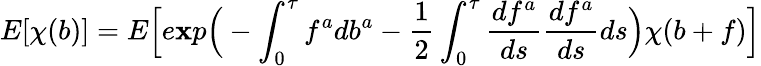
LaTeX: E[\chi(b)]=E\Big[e\mathbf{x}p\Big(-\int_{0}^{\tau}f^{a}db^{a}-\frac{{1}}{{2}}\int_{0}^{\tau}\frac{{df^{a}}}{{ds}}\frac{{df^{a}}}{{ds}}ds\Big)\chi(b+f)\Big]